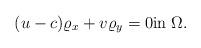
LaTeX: \begin{align*} (u-c)\varrho_x +v \varrho_y=0 \textup{in} \; \Omega.\end{align*}